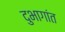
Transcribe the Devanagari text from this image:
दुभागांत